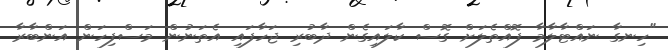
"ހިނގާ ނައްޓާލާމާ ފޮއްތެލަށް ގޮސް ކާލައިގެން ދާބުރި ޖަހާފައި އެތަނުން މަސްފިހަން އަންބާރާ